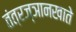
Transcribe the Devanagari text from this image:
तंत्रज्ञानखाते